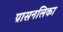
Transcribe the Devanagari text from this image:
ग्रासनलिका